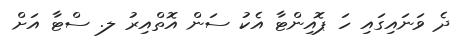
ދެ ވަނައިގައި ހަ ޕޮއިންޓާ އެކު ސަން އޮތްއިރު ލ. ސްޓާ އަށް